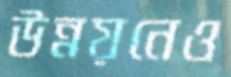
উন্নয়নেও